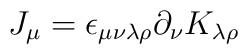
J_\mu=\epsilon_{\mu\nu\lambda\rho}\partial_\nu K_{\lambda\rho}